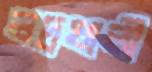
ভদ্রখালী